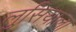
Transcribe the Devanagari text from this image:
लुसियाला